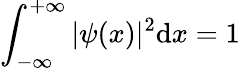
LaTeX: \int_{-\infty}^{+\infty}|\psi(x)|^{2}\mathrm{d}x=1